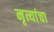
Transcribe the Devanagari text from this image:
नृत्यांचा